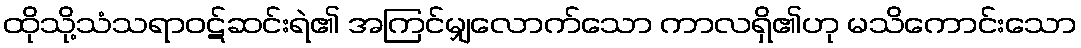
ထိုသို့သံသရာဝဋ်ဆင်းရဲ၏ အကြင်မျှလောက်သော ကာလရှိ၏ဟု မသိကောင်းသော